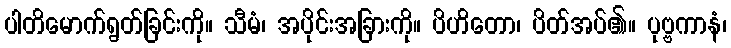
ပါတိမောက်ရွတ်ခြင်းကို။ သီမံ၊ အပိုင်းအခြားကို။ ပိဟိတော၊ ပိတ်အပ်၏။ ပုဗ္ဗကာနံ၊